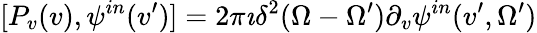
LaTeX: [P_{v}(v),\psi^{in}(v^{\prime})]=2\pi\imath\delta^{2}{(\Omega-\Omega^{\prime})}\partial_{v}\psi^{in}(v^{\prime},\Omega^{\prime})